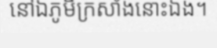
នៅឯភូមិក្រសាំងនោះឯង។